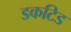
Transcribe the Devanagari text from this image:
डकटिड